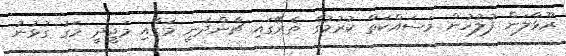
ރޫޅާލަން ފުލުހުން މަސައްކަތް ކުރުމުގެ ތެރޭގައި ޗާންދަނީ މަގާއި މަޖީދީ މަގު ގުޅުނު